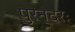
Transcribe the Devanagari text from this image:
पुरन्दरः